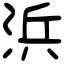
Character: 浜